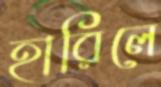
হারিলে